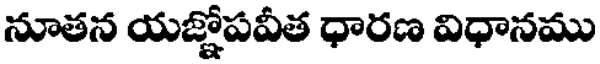
నూతన యజ్ఞోపవీత ధారణ విధానము